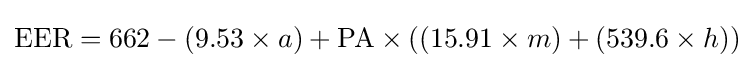
{\text{EER}}=662-(9.53\times a)+{\text{PA}}\times ((15.91\times m)+(539.6\times h))